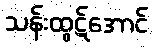
သန်းထွဋ်အောင်